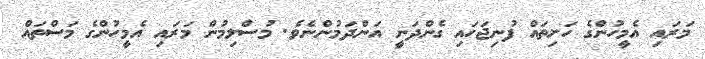
މަރައި އެމީހުންގެ ހަށިތައް ފުނިޖަހައި ގެންދަނީ އަންދަމުންނެވެ. މުސްލިމުން މަރައި އެމީހުންގެ މަސްތައް